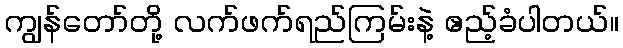
ကျွန်တော်တို့ လက်ဖက်ရည်ကြမ်းနဲ့ ဧည့်ခံပါတယ်။